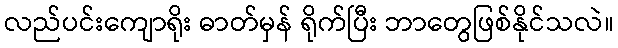
လည်ပင်းကျောရိုး ဓာတ်မှန် ရိုက်ပြီး ဘာတွေဖြစ်နိုင်သလဲ။